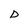
Character: D